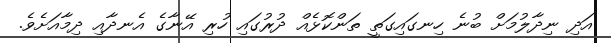
އަދި ނިދާލުމަށް ބުނެ ހިނގައިގަތީ ތަންކޮޅެއް ދުރުގައި ހުރި އޭނާގެ އެނދާއި ދިމާއަށެވެ.